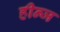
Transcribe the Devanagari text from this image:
हीन्ज